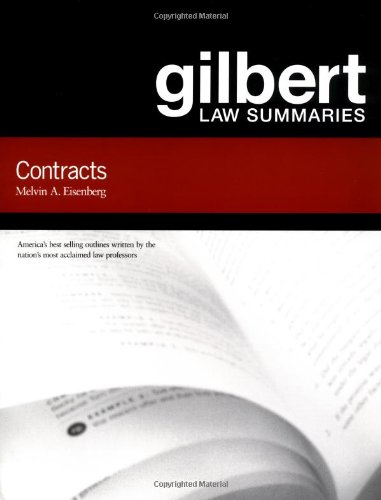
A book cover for Gilbert Law Summaries on Contracts; Melvin A. Eisenberg; Law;